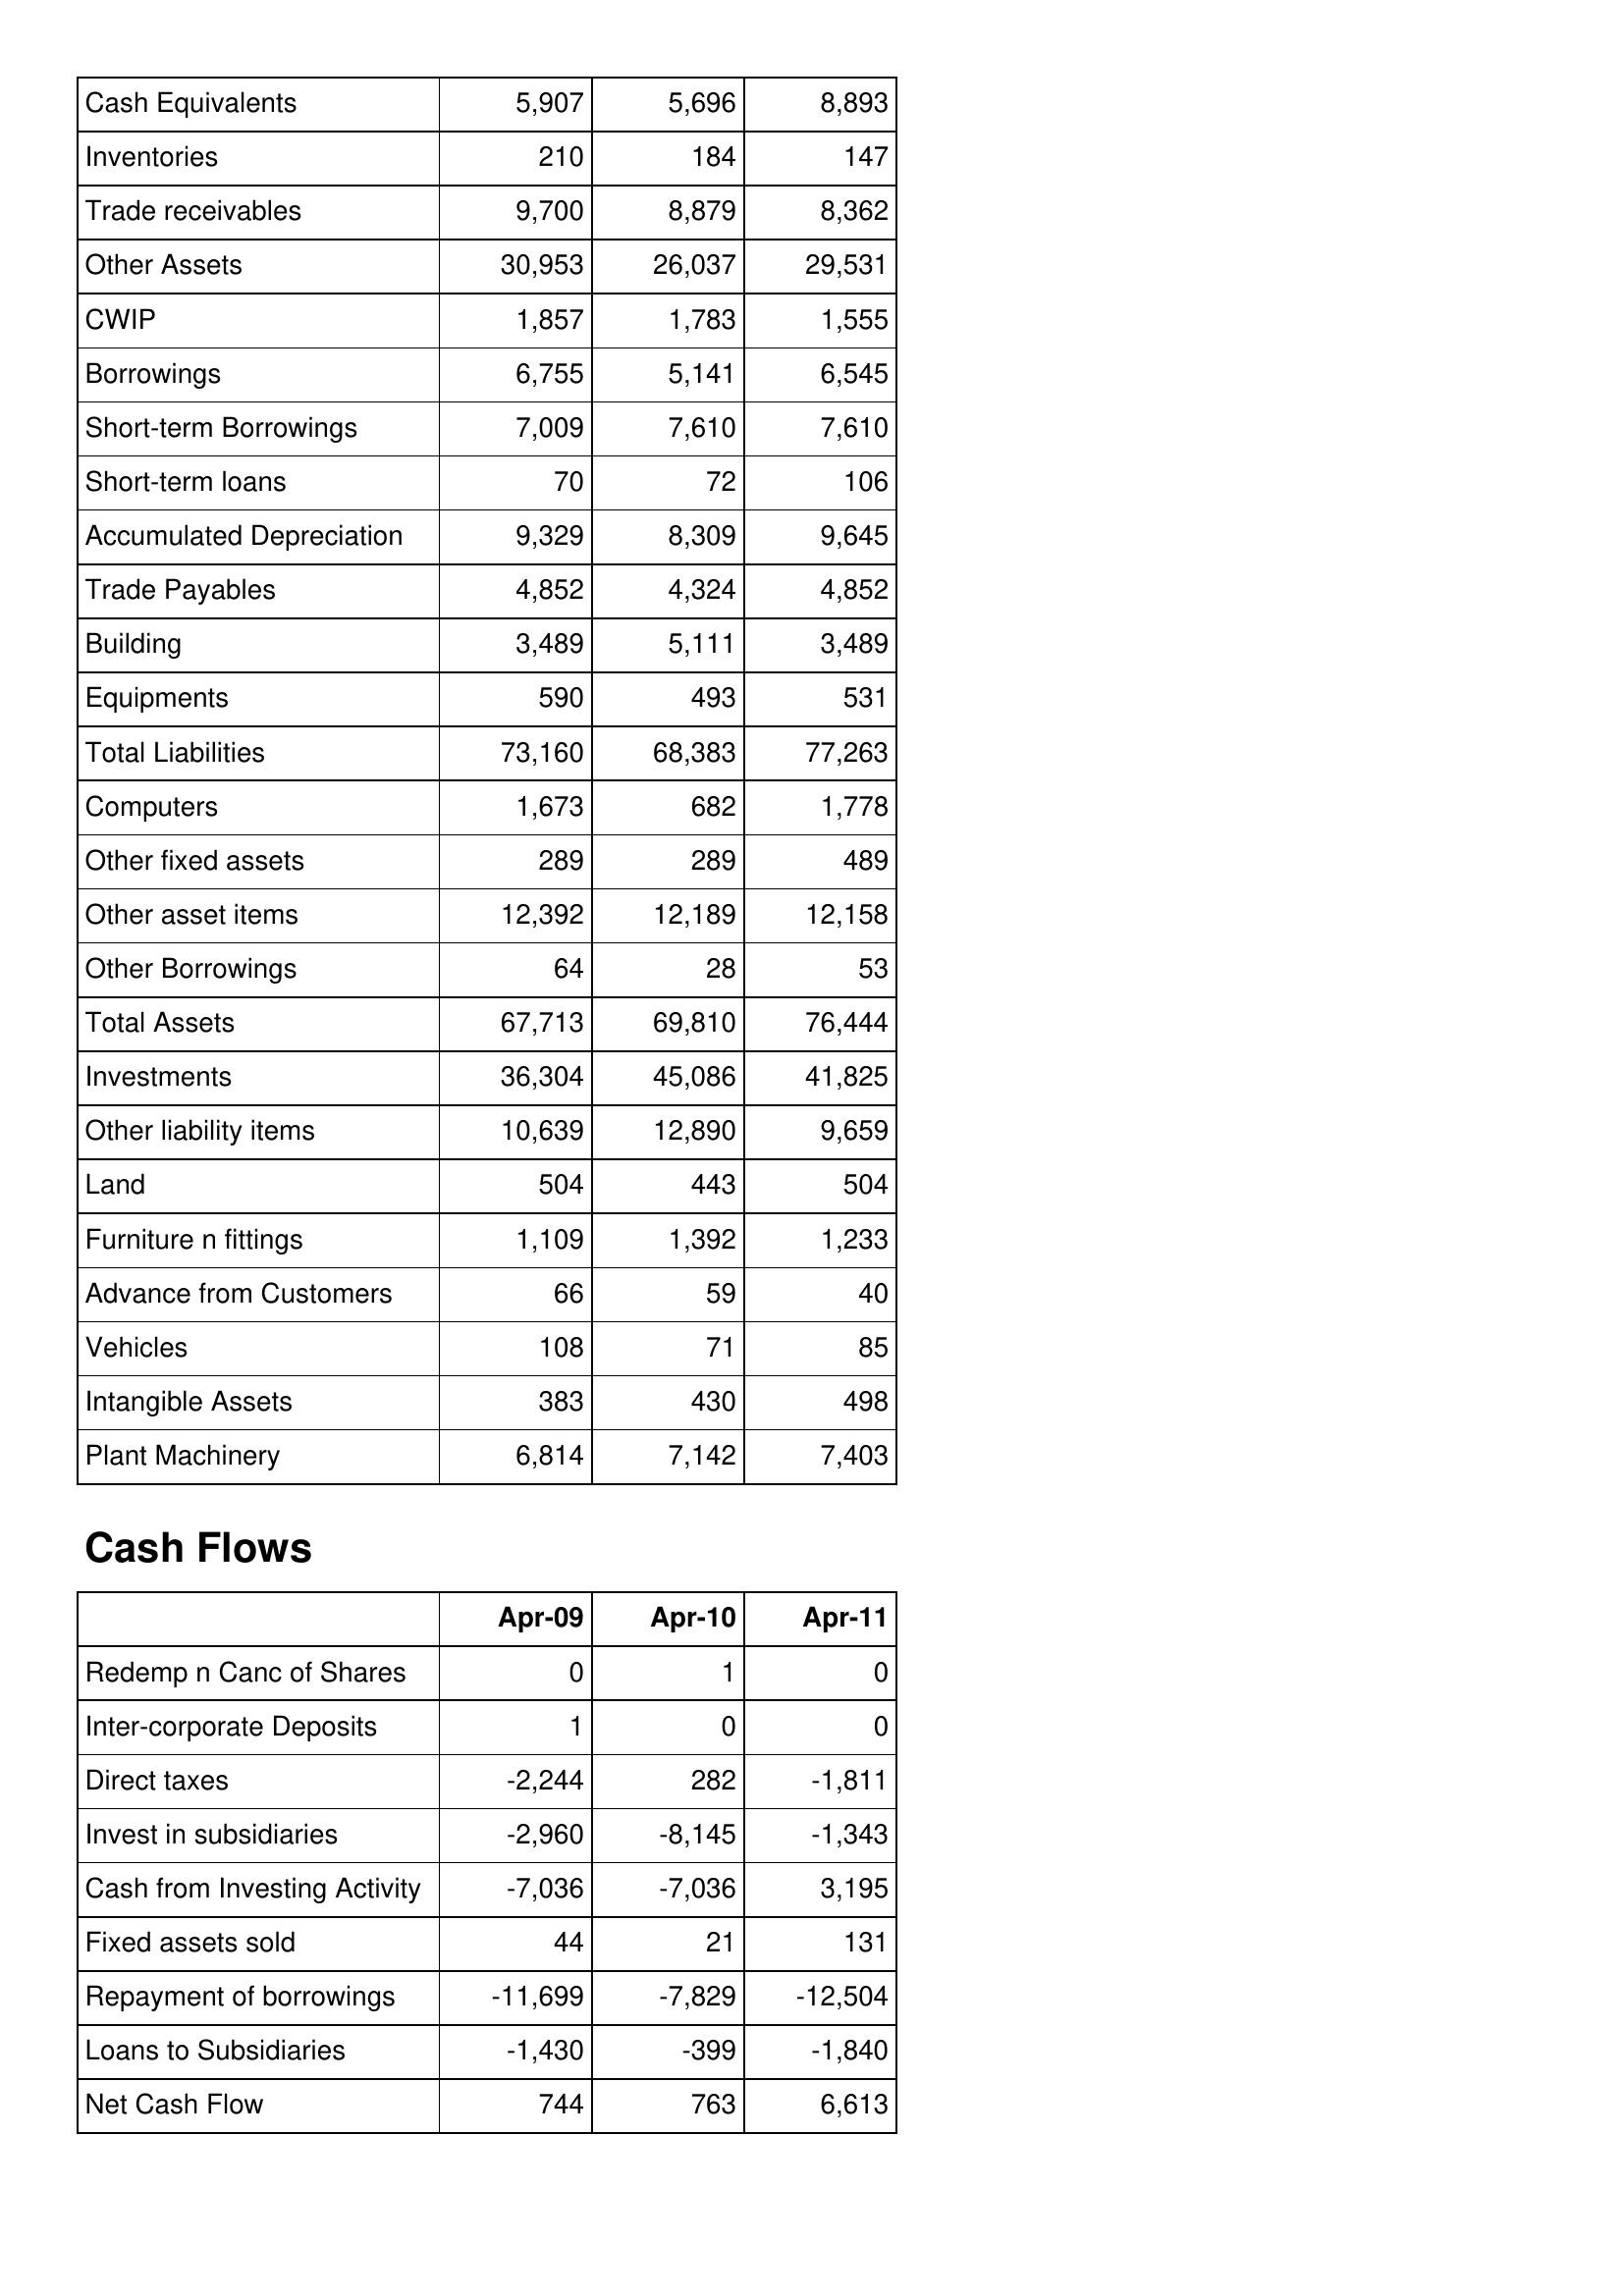
Apr-09: Balance Sheet: Cash Equivalents: 5,907
Inventories: 210
Trade receivables: 9,700
Other Assets: 30,953
CWIP: 1,857
Borrowings: 6,755
Short-term Borrowings: 7,009
Short-term loans: 70
Accumulated Depreciation: 9,329
Trade Payables: 4,852
Building: 3,489
Equipments: 590
Total Liabilities: 73,160
Computers: 1,673
Other fixed assets: 289
Other asset items: 12,392
Other Borrowings: 64
Total Assets: 67,713
Investments: 36,304
Other liability items: 10,639
Land: 504
Furniture n fittings: 1,109
Advance from Customers: 66
Vehicles: 108
Intangible Assets: 383
Plant Machinery: 6,814
Cash Flows: Redemp n Canc of Shares: 0
Inter-corporate Deposits: 1
Direct taxes: -2,244
Invest in subsidiaries: -2,960
Cash from Investing Activity: -7,036
Fixed assets sold: 44
Repayment of borrowings: -11,699
Loans to Subsidiaries: -1,430
Net Cash Flow: 744
Apr-10: Balance Sheet: Cash Equivalents: 5,696
Inventories: 184
Trade receivables: 8,879
Other Assets: 26,037
CWIP: 1,783
Borrowings: 5,141
Short-term Borrowings: 7,610
Short-term loans: 72
Accumulated Depreciation: 8,309
Trade Payables: 4,324
Building: 5,111
Equipments: 493
Total Liabilities: 68,383
Computers: 682
Other fixed assets: 289
Other asset items: 12,189
Other Borrowings: 28
Total Assets: 69,810
Investments: 45,086
Other liability items: 12,890
Land: 443
Furniture n fittings: 1,392
Advance from Customers: 59
Vehicles: 71
Intangible Assets: 430
Plant Machinery: 7,142
Cash Flows: Redemp n Canc of Shares: 1
Inter-corporate Deposits: 0
Direct taxes: 282
Invest in subsidiaries: -8,145
Cash from Investing Activity: -7,036
Fixed assets sold: 21
Repayment of borrowings: -7,829
Loans to Subsidiaries: -399
Net Cash Flow: 763
Apr-11: Balance Sheet: Cash Equivalents: 8,893
Inventories: 147
Trade receivables: 8,362
Other Assets: 29,531
CWIP: 1,555
Borrowings: 6,545
Short-term Borrowings: 7,610
Short-term loans: 106
Accumulated Depreciation: 9,645
Trade Payables: 4,852
Building: 3,489
Equipments: 531
Total Liabilities: 77,263
Computers: 1,778
Other fixed assets: 489
Other asset items: 12,158
Other Borrowings: 53
Total Assets: 76,444
Investments: 41,825
Other liability items: 9,659
Land: 504
Furniture n fittings: 1,233
Advance from Customers: 40
Vehicles: 85
Intangible Assets: 498
Plant Machinery: 7,403
Cash Flows: Redemp n Canc of Shares: 0
Inter-corporate Deposits: 0
Direct taxes: -1,811
Invest in subsidiaries: -1,343
Cash from Investing Activity: 3,195
Fixed assets sold: 131
Repayment of borrowings: -12,504
Loans to Subsidiaries: -1,840
Net Cash Flow: 6,613